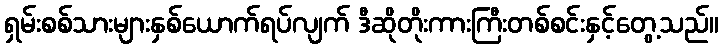
ရှမ်းစစ်သားများနှစ်ယောက်ရပ်လျက် ဒီဆိုတိုးကားကြီးတစ်စင်းနှင့်တွေ့သည်။